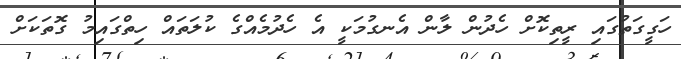
ހަގީގަތުގައި ރީތިކޮށް ހެދުން ލާން އެނގުމަކީ އެ ހެދުމެއްގެ ކުލަތައް ހިތްގައިމު ގޮތަކަށް